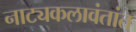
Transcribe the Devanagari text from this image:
नाट्यकलावंतांत